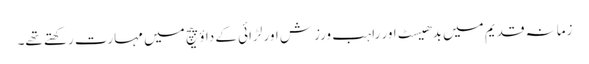
زمانہ قدیم میں بدھیسٹ اور راہب ورزش اور لڑائی کے داؤ پیچ میں مہارت رکھتے تھے۔